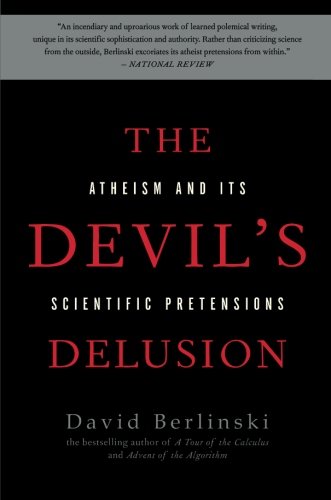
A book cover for The Devil's Delusion: Atheism and its Scientific Pretensions; David Berlinski; Religion & Spirituality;